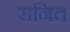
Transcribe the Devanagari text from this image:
सनित